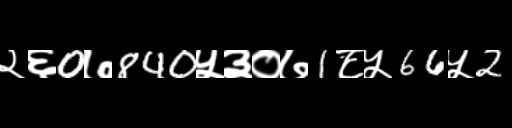
Text: २६0७840५३०७1८५66५2